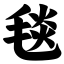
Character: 毯